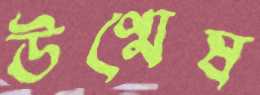
উণ্মেষ